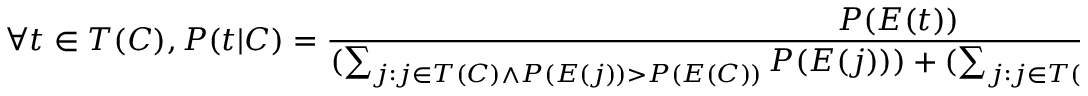
\forall t \in T ( C ) , P ( t | C ) = { \frac { P ( E ( t ) ) } { ( \sum _ { j : j \in T ( C ) \land P ( E ( j ) ) > P ( E ( C ) ) } P ( E ( j ) ) ) + ( \sum _ { j : j \in T ( C ) \land P ( E ( j ) ) \leq P ( E ( C ) ) } P ( j ) ) } }